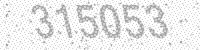
Solution: 315053